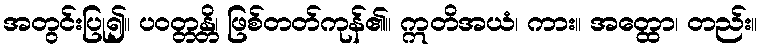
အတွင်းပြု၍။ ပဝတ္တန္တိ၊ ဖြစ်တတ်ကုန်၏။ ဣတိအယံ၊ ကား။ အတ္ထော၊ တည်း။